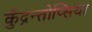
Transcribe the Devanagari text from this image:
कुँद्रन्तोप्सिया